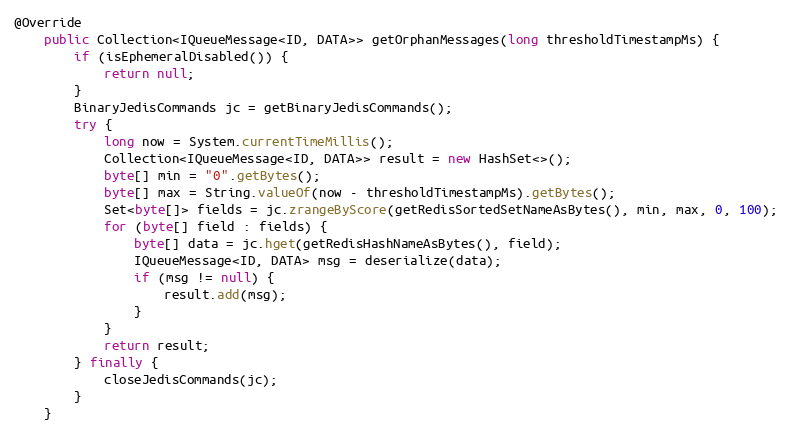
Language: Java
@Override
    public Collection<IQueueMessage<ID, DATA>> getOrphanMessages(long thresholdTimestampMs) {
        if (isEphemeralDisabled()) {
            return null;
        }
        BinaryJedisCommands jc = getBinaryJedisCommands();
        try {
            long now = System.currentTimeMillis();
            Collection<IQueueMessage<ID, DATA>> result = new HashSet<>();
            byte[] min = "0".getBytes();
            byte[] max = String.valueOf(now - thresholdTimestampMs).getBytes();
            Set<byte[]> fields = jc.zrangeByScore(getRedisSortedSetNameAsBytes(), min, max, 0, 100);
            for (byte[] field : fields) {
                byte[] data = jc.hget(getRedisHashNameAsBytes(), field);
                IQueueMessage<ID, DATA> msg = deserialize(data);
                if (msg != null) {
                    result.add(msg);
                }
            }
            return result;
        } finally {
            closeJedisCommands(jc);
        }
    }